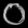
Digit: ၀